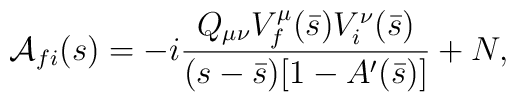
{\cal A}_{fi}(s)=-i\frac{Q_{\mu\nu}V_f^\mu(\bar s)V_i^\nu(\bar s)}{(s-\bar s)[1-A^\prime(\bar s)]}+N,